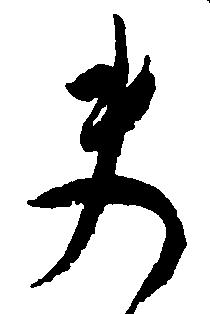
夫